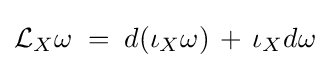
{\mathcal {L}}_{X}\omega \;=\;d(\iota _{X}\omega )\,+\,\iota _{X}d\omega